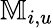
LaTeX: \mathbb{M}_{i,u}